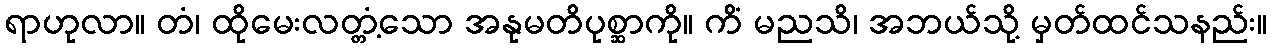
ရာဟုလာ။ တံ၊ ထိုမေးလတ္တံ့သော အနုမတိပုစ္ဆာကို။ ကိံ မညသိ၊ အဘယ်သို့ မှတ်ထင်သနည်း။